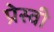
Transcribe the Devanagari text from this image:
प्रेस्वी